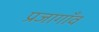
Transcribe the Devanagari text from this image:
प्रजागाँव